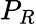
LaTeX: P_{R}